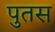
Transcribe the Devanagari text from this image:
पुतस